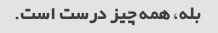
بله، همه چیز درست است.